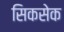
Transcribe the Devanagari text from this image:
सिकसेक